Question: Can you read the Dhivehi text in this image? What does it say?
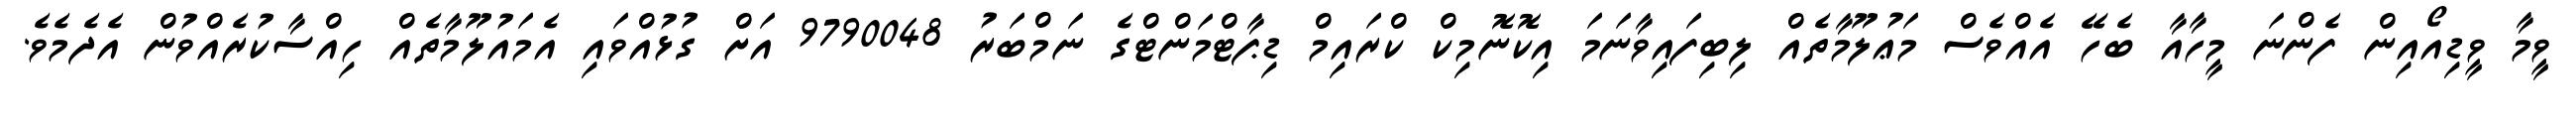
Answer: ވީމާ ވީޑިއޯއިން ފެންނަ މީހާއާ ބެހޭ އެއްވެސް މަޢުލޫމާތެއް ލިބިފައިވާނަމަ އިކޮނޮމިކް ކްރައިމް ޑިޕާޓްމަންޓްގެ ނަމްބަރު 9790048 އަށް ގުޅުއްވައި އެމައުލޫމާތެއް ހިއްސާކުރެއްވުން އެދެމެވެ.